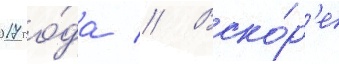
2017 го́да // Вско́р'е